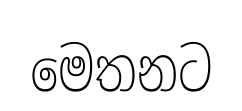
මෙතනට